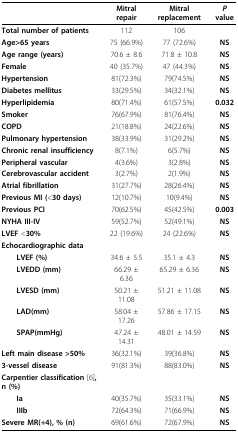
|  | Mitral repair | Mitral replacement | P value |
 | --- | --- | --- | --- |
 | Total number of patients | 112 | 106 |  |
 | Age>65 years | 75 (66.9%) | 77 (72.6%) | NS |
 | Age range (years) | 70.6 ± 8.6 | 71.8 ± 10.8 | NS |
 | Female | 40 (35.7%) | 47 (44.3%) | NS |
 | Hypertension | 81(72.3%) | 79(74.5%) | NS |
 | Diabetes mellitus | 33(29.5%) | 34(32.1%) | NS |
 | Hyperlipidemia | 80(71.4%) | 61(57.5%) | 0.032 |
 | Smoker | 76(67.9%) | 81(76.4%) | NS |
 | COPD | 21(18.8%) | 24(22.6%) | NS |
 | Pulmonary hypertension | 38(33.9%) | 31(29.2%) | NS |
 | Chronic renal insufficiency | 8(7.1%) | 6(5.7%) | NS |
 | Peripheral vascular | 4(3.6%) | 3(2.8%) | NS |
 | Cerebrovascular accident | 3(2.7%) | 2(1.9%) | NS |
 | Atrial fibrillation | 31(27.7%) | 28(26.4%) | NS |
 | Previous MI(<30 days) | 12(10.7%) | 10(9.4%) | NS |
 | Previous PCI | 70(62.5%) | 45(42.5%) | 0.003 |
 | NYHA III-IV | 59(52.7%) | 52(49.1%) | NS |
 | LVEF <30% | 22 (19.6%) | 24 (22.6%) | NS |
 | Echocardiographic data |  |  |  |
 | LVEF (%) | 34.6 ± 5.5 | 35.1 ± 4.3 | NS |
 | LVEDD (mm) | 66.29 ± 6.36 | 65.29 ± 6.36 | NS |
 | LVESD (mm) | 50.21 ± 11.08 | 51.21 ± 11.08 | NS |
 | LAD(mm) | 58.04 ± 17.26 | 57.86 ± 17.15 | NS |
 | SPAP(mmHg) | 47.24 ± 14.31 | 48.01 ± 14.59 | NS |
 | Left main disease >50% | 36(32.1%) | 39(36.8%) | NS |
 | 3-vessel disease | 91(81.3%) | 88(83.0%) | NS |
 | Carpentier classification[6], n (%) |  |  |  |
 | Ia | 40(35.7%) | 35(33.1%) | NS |
 | IIIb | 72(64.3%) | 71(66.9%) | NS |
 | Severe MR(+4), % (n) | 69(61.6%) | 72(67.9%) | NS |